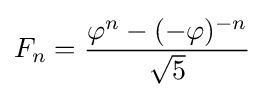
F_{n}={\frac {\varphi ^{n}-(-\varphi )^{-n}}{\sqrt {5}}}